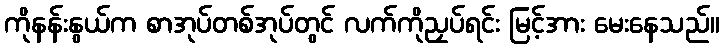
ကိုနန်းနွယ်က စာအုပ်တစ်အုပ်တွင် လက်ကိုညှပ်ရင်း မြင့်အား မေးနေသည်။